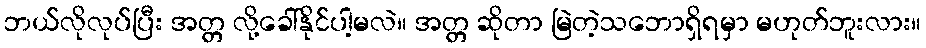
ဘယ်လိုလုပ်ပြီး အတ္တ လို့ခေါ်နိုင်ပါ့မလဲ။ အတ္တ ဆိုတာ မြဲတဲ့သဘောရှိရမှာ မဟုတ်ဘူးလား။